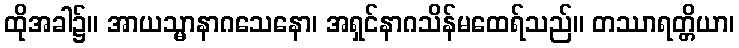
ထိုအခါ၌။ အာယသ္မာနာဂသေနော၊ အရှင်နာဂသိန်မထေရ်သည်။ တဿာရတ္တိယာ၊